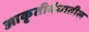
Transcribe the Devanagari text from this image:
आकृतीबंधातील